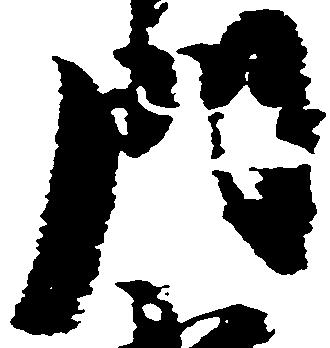
門